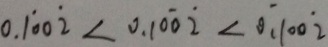
0 . \dot { 1 } 0 0 \dot { 2 } < 0 . 1 0 \dot { 0 } \dot { 2 } < \dot { 0 } . 1 0 0 \dot { 2 }